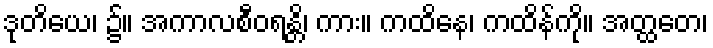
ဒုတိယေ၊ ၌။ အကာလစီဝရန္တိ၊ ကား။ ကထိနေ၊ ကထိန်ကို။ အတ္ထတေ၊